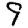
Digit: 9